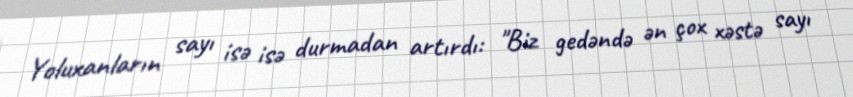
Yoluxanların sayı isə isə durmadan artırdı: "Biz gedəndə ən çox xəstə sayı